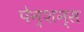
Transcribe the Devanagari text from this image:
पेन्शन्स